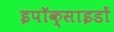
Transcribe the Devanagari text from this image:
इपॉक्साइडों